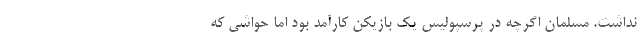
نداشت. مسلمان اگرچه در پرسپولیس یک بازیکن کارآمد بود اما حواشی که